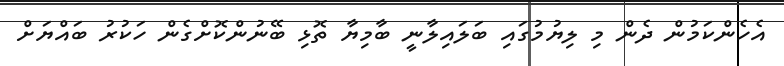
އެހެންކަމުން ދެން މި ލިޔުމުގައި ބަލައިލާނީ ބާމިޔާ ތޮޅި ބޭނުންކޮށްގެން ހަކުރު ބައްޔަށް